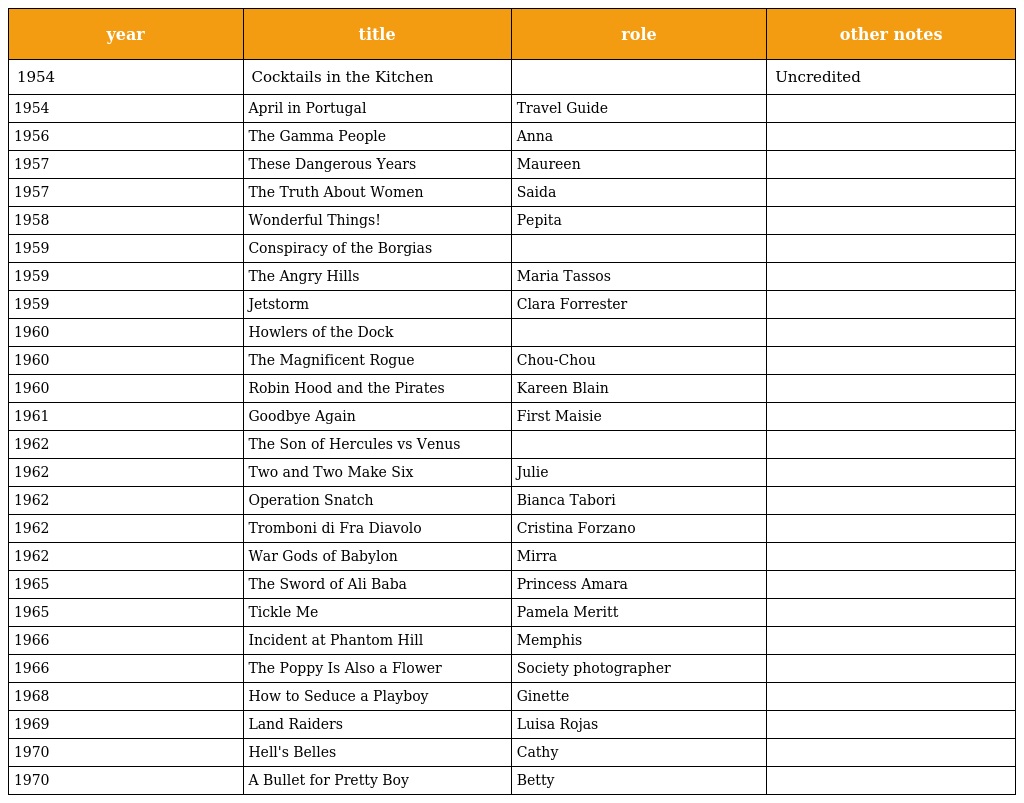
| year | title | role | other notes |
 | --- | --- | --- | --- |
 | 1954 | Cocktails in the Kitchen |  | Uncredited |
 | 1954 | April in Portugal | Travel Guide |  |
 | 1956 | The Gamma People | Anna |  |
 | 1957 | These Dangerous Years | Maureen |  |
 | 1957 | The Truth About Women | Saida |  |
 | 1958 | Wonderful Things! | Pepita |  |
 | 1959 | Conspiracy of the Borgias |  |  |
 | 1959 | The Angry Hills | Maria Tassos |  |
 | 1959 | Jetstorm | Clara Forrester |  |
 | 1960 | Howlers of the Dock |  |  |
 | 1960 | The Magnificent Rogue | Chou-Chou |  |
 | 1960 | Robin Hood and the Pirates | Kareen Blain |  |
 | 1961 | Goodbye Again | First Maisie |  |
 | 1962 | The Son of Hercules vs Venus |  |  |
 | 1962 | Two and Two Make Six | Julie |  |
 | 1962 | Operation Snatch | Bianca Tabori |  |
 | 1962 | Tromboni di Fra Diavolo | Cristina Forzano |  |
 | 1962 | War Gods of Babylon | Mirra |  |
 | 1965 | The Sword of Ali Baba | Princess Amara |  |
 | 1965 | Tickle Me | Pamela Meritt |  |
 | 1966 | Incident at Phantom Hill | Memphis |  |
 | 1966 | The Poppy Is Also a Flower | Society photographer |  |
 | 1968 | How to Seduce a Playboy | Ginette |  |
 | 1969 | Land Raiders | Luisa Rojas |  |
 | 1970 | Hell's Belles | Cathy |  |
 | 1970 | A Bullet for Pretty Boy | Betty |  |